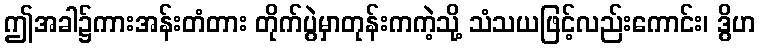
ဤအခါ၌ကားအန်းတံတား တိုက်ပွဲမှာတုန်းကကဲ့သို့ သံသယဖြင့်လည်းကောင်း၊ ဒွိဟ